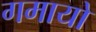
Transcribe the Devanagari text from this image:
गमायो